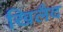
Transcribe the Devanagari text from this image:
खिलैद